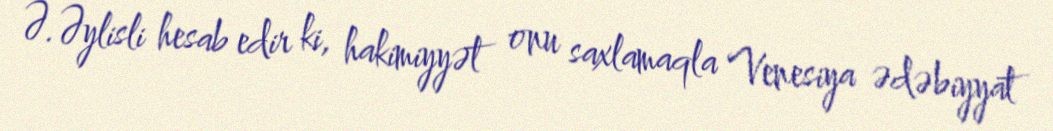
Ə.Əylisli hesab edir ki, hakimiyyət onu saxlamaqla Venesiya ədəbiyyat